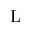
\mathrm { L }